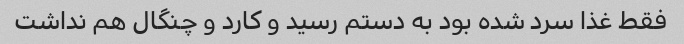
فقط غذا سرد شده بود به دستم رسید و کارد و چنگال هم نداشت